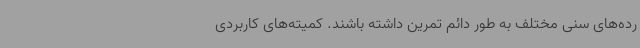
رده‌های سنی مختلف به طور دائم تمرین داشته باشند. کمیته‌های کاربردی